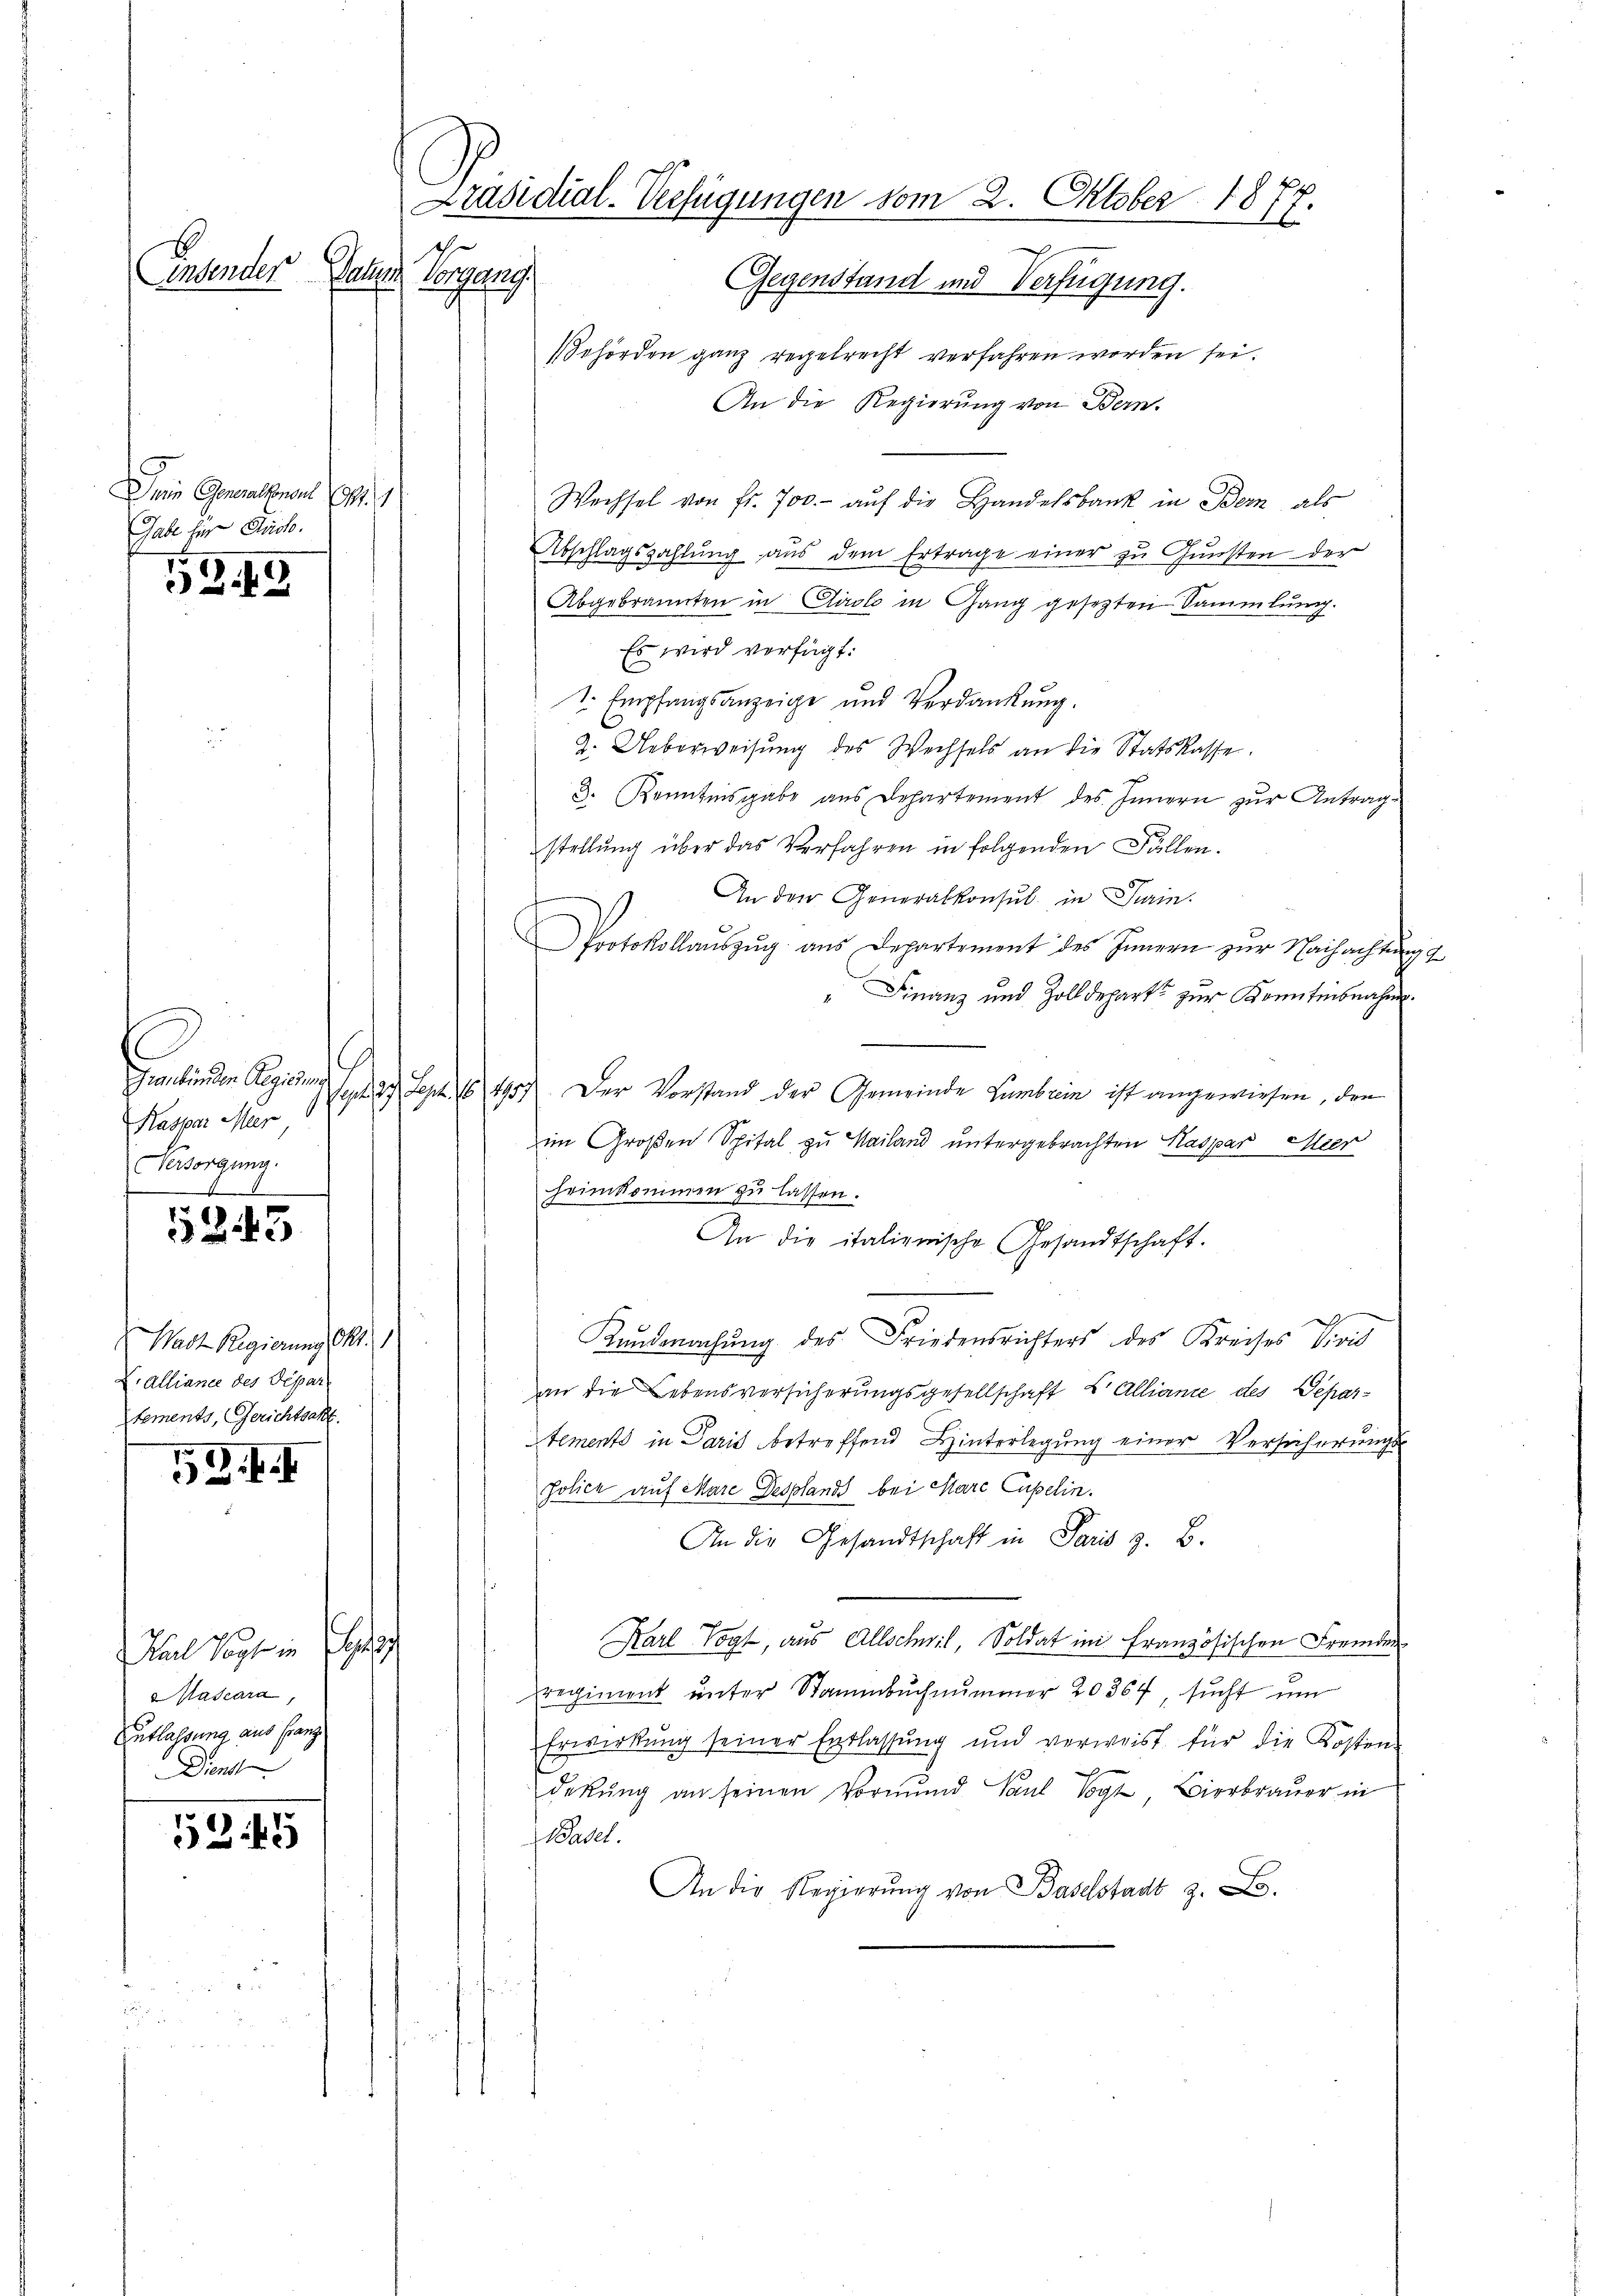
Einsender Schler.

Derin Generalkonsul 777. 1
Gabe für Pact.

52.19

Kaspar Meer
Persorgung.

12443

Wasz Regierung Okt. 1
LAlliance des Depar
tements, Gerichtsakt

13 f. I

Karl Sagt in Geg
Mascara,
Entlassung aus Franz
Dienst

12 49

Präsidial-Verfügungen vom 2. Oktober 1877.
Rechnung
Gegenstand und Verfügung.

Behörden ganz regelrecht verfahren worden sei.
An die Regierung von Bern.
Wechsel von fr. 700.- aŭf die Handelsbank in Bern, als
Abschlagszahlŭng aus dem Ertrage einer zu Gunsten der
Abgebrannten in Cirolo in Gang gesezten Sammlung.
Es wird verfügt:
1. Empfangsanzeige und Verdankŭng.
2. Ueberweisung des Wechsels an die Statskasse.
8. Kenntnisgabe aus Departement des Innern zur Antrag-
stellung über das Verfahren in folgenden Fällen.
An der Generalkonsul in Turin.
Protokollauszug aus Departement des Innern zur Nachachtung
Finanz und Zolldepart zur Kenntnisnahme.
Graubünden Regierung an Sept. 16. 40. Der Vorstand der Gemeinde Lumbein ist angewiesen, den
im Großen Spital zu Mailand untergebrachten Kaspar Meer
heimkommen zu lassen.
An die italienische Gesandtschaft.
Kundmachung des Friedensrichters des Kreises Vivis
an die Lebensversicherungsgesellschaft u Allianie des Depar-
Stements in Paris betreffend Hinterlegung einer Versicherungs-
Police auf Mare Desplands bei Marc Cupelin.
An die Gesandtschaft in Paris z. B.
Karl Vogt, aus Allschwil, Soldat in Französischen Fremden
regiment unter Stammbuchnummer 20364, sucht um
Erwirkung seiner Entlassung und verweist für die Kosten-
dekŭng an seinen Vormund Paul Vogt Bierbrauer in
Backt.
An die Regierŭng von Baselstadt z. B.